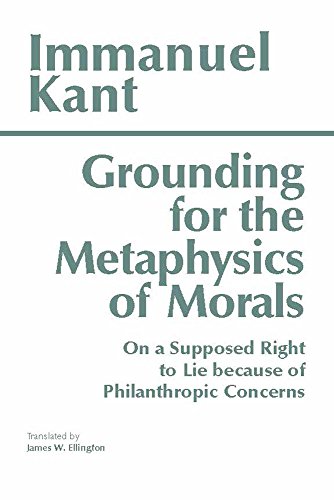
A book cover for Grounding for the Metaphysics of Morals: with On a Supposed Right to Lie because of Philanthropic Concerns (Hackett Classics); Immanuel Kant; Politics & Social Sciences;